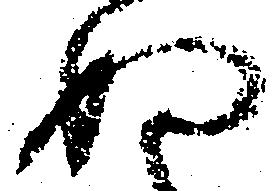
ぬ